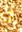
فى